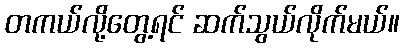
တကယ်လို့တွေ့ရင် ဆက်သွယ်လိုက်မယ်။